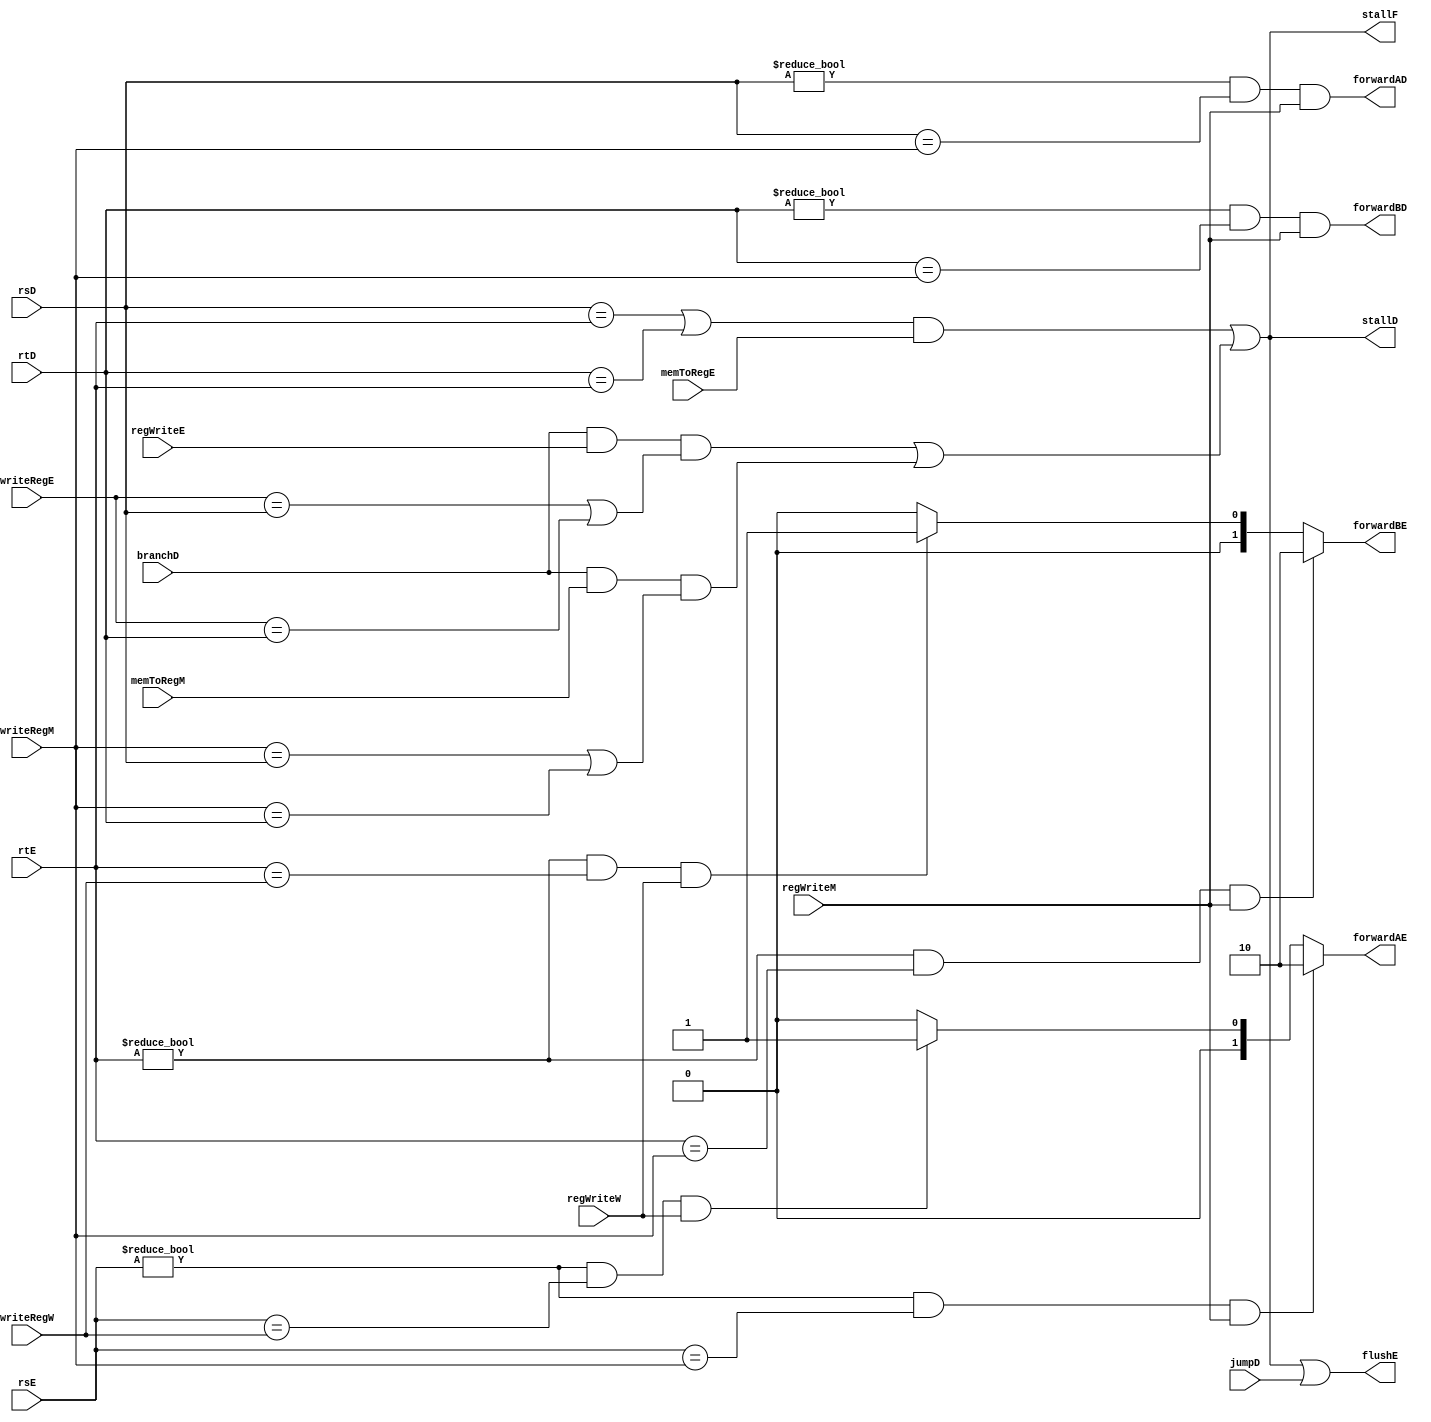
module Hazard_Unit (
    input     wire                  regWriteW, regWriteM, memToRegM, regWriteE, memToRegE, jumpD, branchD,
    input     wire      [4:0]       writeRegE, writeRegM, writeRegW, rsE, rsD, rtE, rtD,
    output    wire                  stallD, stallF, flushE,
    output    wire                  forwardAD, forwardBD,
    output    reg       [1:0]       forwardAE, forwardBE
);

wire  lwStall;
wire  branshStall;

assign  lwStall      = (((rsD == rtE) | (rtD == rtE)) & memToRegE);
assign  branshStall  = ((branchD & regWriteE & ((writeRegE == rsD) | (writeRegE == rtD))) | (branchD & memToRegM & ((writeRegM == rsD) | (writeRegM == rtD))));
assign  stallF       = (lwStall | branshStall);
assign  stallD       = (lwStall | branshStall);
assign  flushE       = (lwStall | branshStall | jumpD);
assign  forwardAD    = ((rsD != 0) & (rsD == writeRegM) & regWriteM);
assign  forwardBD    = ((rtD != 0) & (rtD == writeRegM) & regWriteM);

always @(*)
    begin
        if ((rsE != 0) & (rsE == writeRegM) & regWriteM)
                forwardAE = 2'b10;
        else if ((rsE != 0) & (rsE == writeRegW) & regWriteW)
                forwardAE = 2'b01;
        else
                forwardAE = 2'b00;
    end

always @(*)
    begin
        if ((rtE != 0) & (rtE == writeRegM) & regWriteM)
                forwardBE = 2'b10;
        else if ((rtE != 0) & (rtE == writeRegW) & regWriteW)
                forwardBE = 2'b01;
        else
                forwardBE = 2'b00;
    end

endmodule